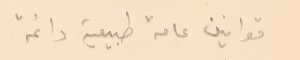
قوانين عامة طبيعية دائمة